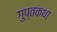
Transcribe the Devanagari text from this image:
गुप्तकथा